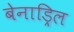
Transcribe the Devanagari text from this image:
बेनाड्रिल